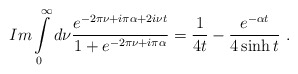
\begin{align*}Im\int\limits_{0}^{\infty }d\nu \frac{e^{-2\pi \nu +i\pi \alpha +2i\nu t}}{1+e^{-2\pi \nu +i\pi \alpha }}=\frac{1}{4t}-\frac{e^{-\alpha t}}{4\sinh t}\ .\end{align*}